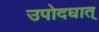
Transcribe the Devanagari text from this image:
उपोदघात्‌